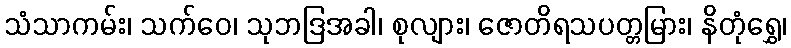
သံသာကမ်း၊ သက်ဝေ၊ သုဘဒြအခါ၊ စုလျား၊ ဇောတိရသပတ္တမြား၊ နိတုံရွှေ၊